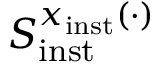
S _ { \mathrm { i n s t } } ^ { x _ { \mathrm { i n s t } } ( \cdot ) }